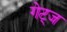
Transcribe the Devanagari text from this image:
गेट्ज